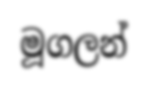
මූගලන්